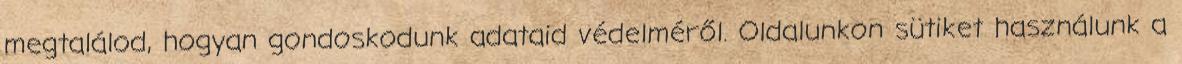
megtalálod, hogyan gondoskodunk adataid védelméről. Oldalunkon sütiket használunk a